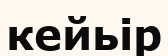
кейьір